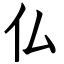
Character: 仏